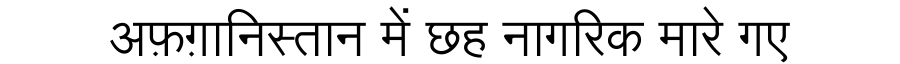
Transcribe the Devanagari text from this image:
अफ़ग़ानिस्तान में छह नागरिक मारे गए